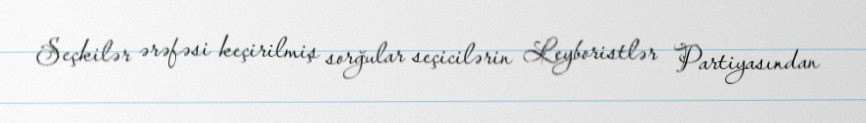
Seçkilər ərəfəsi keçirilmiş sorğular seçicilərin Leyboristlər Partiyasından